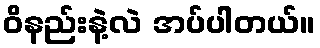
ဝိနည်းနဲ့လဲ အပ်ပါတယ်။